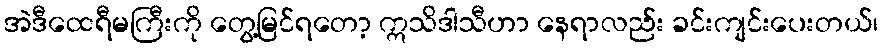
အဲဒီထေရီမကြီးကို တွေ့မြင်ရတော့ ဣသိဒါသီဟာ နေရာလည်း ခင်းကျင်းပေးတယ်၊